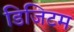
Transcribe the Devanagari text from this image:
डिजिटम